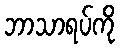
ဘာသာရပ်ကို